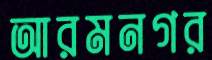
আরমনগর